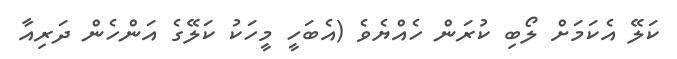
ކަލޭ އެކަމަށް ލޯބި ކުރަން ހެއްޔެވެ (އެބަހީ މީހަކު ކަލޭގެ އަންހެން ދަރިއާ